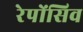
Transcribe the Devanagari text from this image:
रेपोंसिव